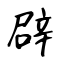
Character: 辟